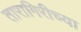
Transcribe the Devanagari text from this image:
तारागिरीच्या